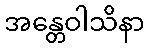
အန္တေဝါသိနာ